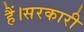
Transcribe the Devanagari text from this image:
हैं।सरकारी